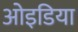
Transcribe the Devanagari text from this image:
ओइडिया